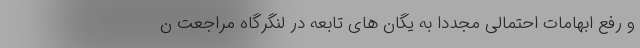
و رفع ابهامات احتمالی مجددا به یگان های تابعه در لنگرگاه مراجعت ن